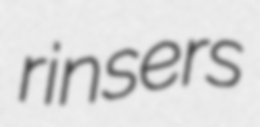
rinsers